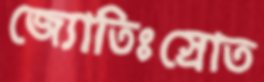
জ্যোতিঃস্রোত